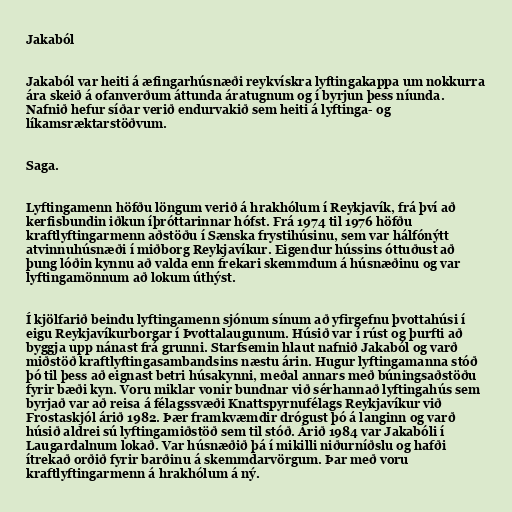
Jakaból

Jakaból var heiti á æfingarhúsnæði reykvískra lyftingakappa um nokkurra
ára skeið á ofanverðum áttunda áratugnum og í byrjun þess níunda.
Nafnið hefur síðar verið endurvakið sem heiti á lyftinga- og
líkamsræktarstöðvum.

Saga.

Lyftingamenn höfðu löngum verið á hrakhólum í Reykjavík, frá því að
kerfisbundin iðkun íþróttarinnar hófst. Frá 1974 til 1976 höfðu
kraftlyftingarmenn aðstöðu í Sænska frystihúsinu, sem var hálfónýtt
atvinnuhúsnæði í miðborg Reykjavíkur. Eigendur hússins óttuðust að
þung lóðin kynnu að valda enn frekari skemmdum á húsnæðinu og var
lyftingamönnum að lokum úthýst.

Í kjölfarið beindu lyftingamenn sjónum sínum að yfirgefnu þvottahúsi í
eigu Reykjavíkurborgar í Þvottalaugunum. Húsið var í rúst og þurfti að
byggja upp nánast frá grunni. Starfsemin hlaut nafnið Jakaból og varð
miðstöð kraftlyftingasambandsins næstu árin. Hugur lyftingamanna stóð
þó til þess að eignast betri húsakynni, meðal annars með búningsaðstöðu
fyrir bæði kyn. Voru miklar vonir bundnar við sérhannað lyftingahús sem
byrjað var að reisa á félagssvæði Knattspyrnufélags Reykjavíkur við
Frostaskjól árið 1982. Þær framkvæmdir drógust þó á langinn og varð
húsið aldrei sú lyftingamiðstöð sem til stóð. Árið 1984 var Jakabóli í
Laugardalnum lokað. Var húsnæðið þá í mikilli niðurníðslu og hafði
ítrekað orðið fyrir barðinu á skemmdarvörgum. Þar með voru
kraftlyftingarmenn á hrakhólum á ný.